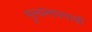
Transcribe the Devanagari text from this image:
मूल्यमापनाची